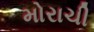
મોરાચી